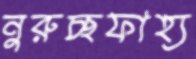
নুরুচ্ছফাহ্য